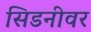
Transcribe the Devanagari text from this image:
सिडनीवर